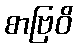
စာဗြဝိ